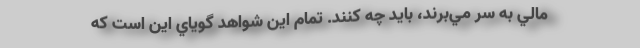
مالي به سر مي‌برند، بايد چه كنند. تمام اين شواهد گوياي اين است كه